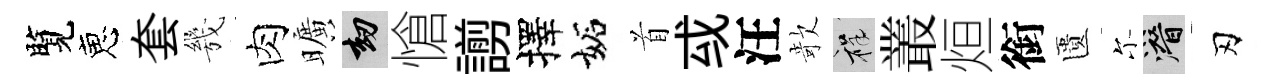
覽恵套㡬肉曠劫愴謭擇妬首㦯汪欹祥叢烜銜匱尓潜刃